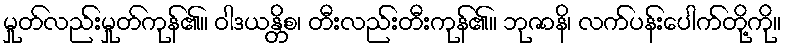
မှုတ်လည်းမှုတ်ကုန်၏။ ဝါဒယန္တိစ၊ တီးလည်းတီးကုန်၏။ ဘုဇာနိ၊ လက်ပန်းပေါက်တို့ကို။